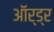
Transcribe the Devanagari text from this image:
ऑर्ड्र